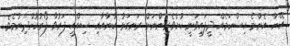
އޭނާ އެންމެ އިސްކަމެއް ދީފައިވަނީ ކުށްވެރިންނަށް ރަނގަޅު ކާނާއާއި ސިއްހީ ފަރުވާ ފޯރުކޮށްދިނުމެވެ.